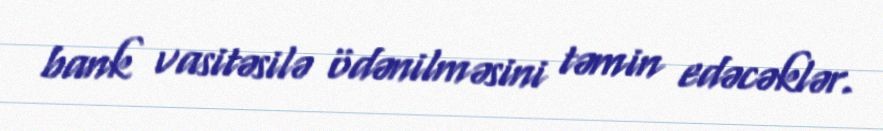
bank vasitəsilə ödənilməsini təmin edəcəklər.